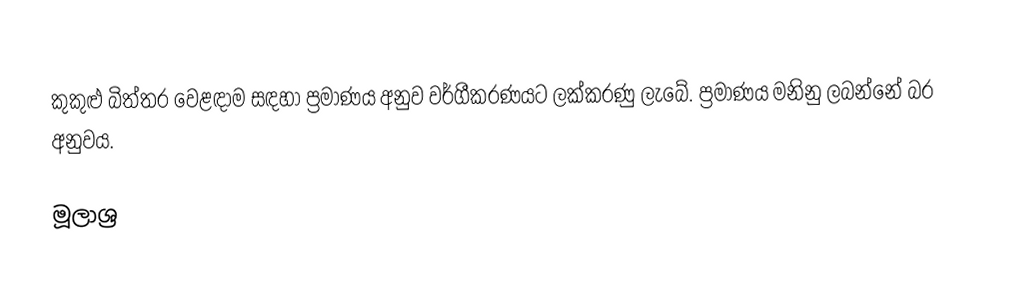
කුකුළු බිත්තර වෙළඳාම සඳහා ප්‍රමාණය අනුව වර්ගීකරණයට ලක්කරණු ලැබේ. ප්‍රමාණය මනිනු ලබන්නේ බර අනුවය.

මූලාශ්‍ර